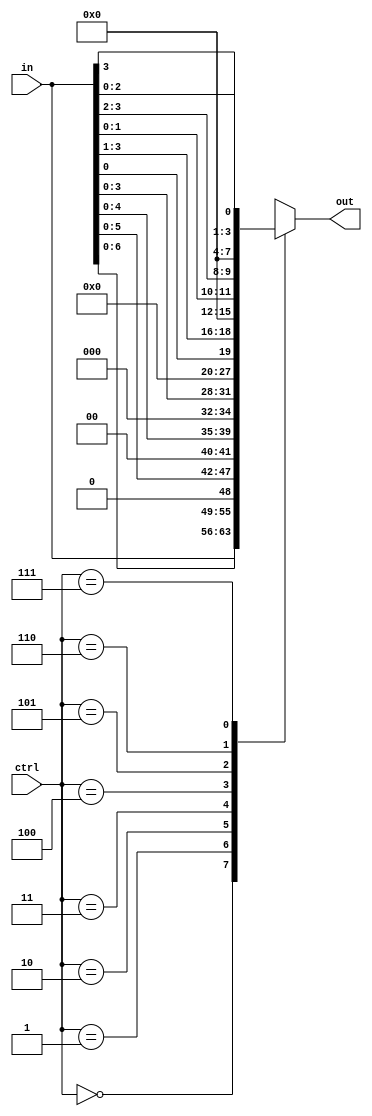
module Mult_bit_shifter_rotator(ctrl, in, out);
input [2:0] ctrl;
input [7:0] in;
output reg [7:0] out;


always @(*)
begin
//assign tmp = in;
    case(ctrl)
        3'b000: out <= in;
        3'b001: out <= in << 1;
        3'b010: out <= in << 2;
        3'b011: out <= in << 3;
        3'b100: out <= in << 4;
        3'b101: out <= {in[0], in[3:1]};
        3'b110: out <= {in[1:0], in[3:2]};
        3'b111: out <= {in[2:0], in[3]};
     endcase
end
    
endmodule